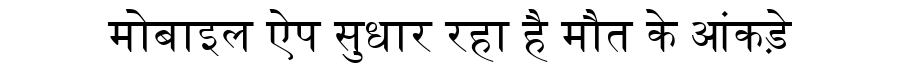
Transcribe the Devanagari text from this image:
मोबाइल ऐप सुधार रहा है मौत के आंकड़े